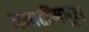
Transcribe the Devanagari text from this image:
जमातींमधून